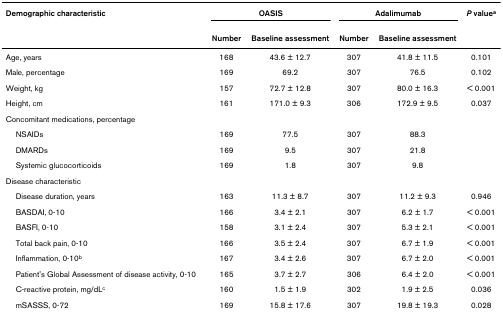
<table><thead><tr><td><b>Demographic characteristic</b></td><td colspan="2"><b>OASIS</b></td><td colspan="2"><b>Adalimumab</b></td><td><b><i>P </i>value<sup>a</sup></b></td></tr><tr><td></td><td><b>Number</b></td><td><b>Baseline assessment</b></td><td><b>Number</b></td><td><b>Baseline assessment</b></td><td></td></tr></thead><tbody><tr><td>Age, years</td><td>168</td><td>43.6 ± 12.7</td><td>307</td><td>41.8 ± 11.5</td><td>0.101</td></tr><tr><td>Male, percentage</td><td>169</td><td>69.2</td><td>307</td><td>76.5</td><td>0.102</td></tr><tr><td>Weight, kg</td><td>157</td><td>72.7 ± 12.8</td><td>307</td><td>80.0 ± 16.3</td><td>&lt; 0.001</td></tr><tr><td>Height, cm</td><td>161</td><td>171.0 ± 9.3</td><td>306</td><td>172.9 ± 9.5</td><td>0.037</td></tr><tr><td>Concomitant medications, percentage</td><td></td><td></td><td></td><td></td><td></td></tr><tr><td> NSAIDs</td><td>169</td><td>77.5</td><td>307</td><td>88.3</td><td></td></tr><tr><td> DMARDs</td><td>169</td><td>9.5</td><td>307</td><td>21.8</td><td></td></tr><tr><td> Systemic glucocorticoids</td><td>169</td><td>1.8</td><td>307</td><td>9.8</td><td></td></tr><tr><td>Disease characteristic</td><td></td><td></td><td></td><td></td><td></td></tr><tr><td> Disease duration, years</td><td>163</td><td>11.3 ± 8.7</td><td>307</td><td>11.2 ± 9.3</td><td>0.946</td></tr><tr><td> BASDAI, 0-10</td><td>166</td><td>3.4 ± 2.1</td><td>307</td><td>6.2 ± 1.7</td><td>&lt; 0.001</td></tr><tr><td> BASFI, 0-10</td><td>158</td><td>3.1 ± 2.4</td><td>307</td><td>5.3 ± 2.1</td><td>&lt; 0.001</td></tr><tr><td> Total back pain, 0-10</td><td>166</td><td>3.5 ± 2.4</td><td>307</td><td>6.7 ± 1.9</td><td>&lt; 0.001</td></tr><tr><td> Inflammation, 0-10<sup>b</sup></td><td>167</td><td>3.4 ± 2.6</td><td>307</td><td>6.7 ± 2.0</td><td>&lt; 0.001</td></tr><tr><td> Patient&#x27;s Global Assessment of disease activity, 0-10</td><td>165</td><td>3.7 ± 2.7</td><td>306</td><td>6.4 ± 2.0</td><td>&lt; 0.001</td></tr><tr><td> C-reactive protein, mg/dL<sup>c</sup></td><td>160</td><td>1.5 ± 1.9</td><td>302</td><td>1.9 ± 2.5</td><td>0.036</td></tr><tr><td> mSASSS, 0-72</td><td>169</td><td>15.8 ± 17.6</td><td>307</td><td>19.8 ± 19.3</td><td>0.028</td></tr></tbody></table>